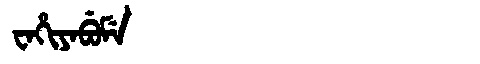
Manchu: ᠸᠠᡥᡳᠶᠠᠪᡠᠮᡝ
Romanization: WAHIYABUME